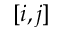
[ i , j ]